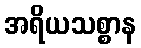
အရိယသစ္စာန